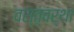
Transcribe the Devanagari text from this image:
वस्त्वर्था